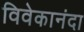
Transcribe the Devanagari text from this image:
विवेकानंदा